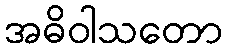
အဓိဝါသတော